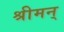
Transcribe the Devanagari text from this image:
श्रीमन्